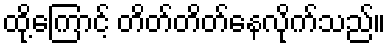
ထို့ကြောင့် တိတ်တိတ်နေလိုက်သည်။